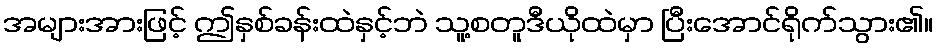
အများအားဖြင့် ဤနှစ်ခန်းထဲနှင့်ဘဲ သူ့စတူဒီယိုထဲမှာ ပြီးအောင်ရိုက်သွား၏။